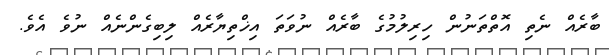
ބާރެއް ނެތި އޮތްތަނުން ހިރިލުމުގެ ބާރެއް ނުވަތަ އިޚްތިޔާރެއް ލިބިގެންނެއް ނުވެ އެވެ.